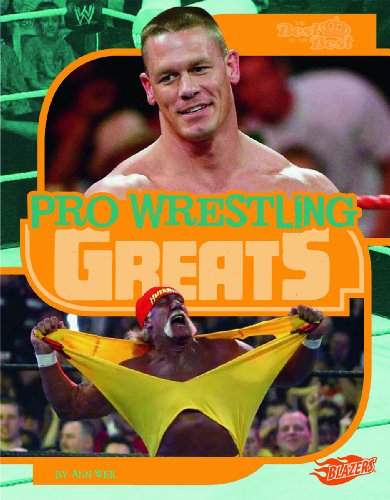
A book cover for Pro Wrestling Greats (The Best of the Best); Ann Weil; Children's Books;